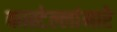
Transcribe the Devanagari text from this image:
कास्टेल्लांमारे